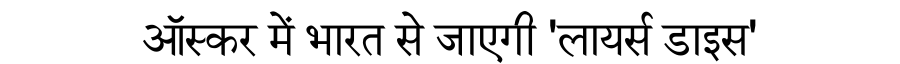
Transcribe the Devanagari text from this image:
ऑस्कर में भारत से जाएगी 'लायर्स डाइस'